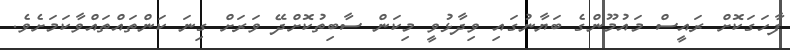
ފާހަގަކޮށް ރައީސް މައުމޫންގެ ބަޔާނުގައި ވިދާޅުވީ މިކަން ސާބިތުކޮށްދޭ ވަރަށް ގިނަ ކަންތައްތައްވާކަމަށެވެ.